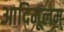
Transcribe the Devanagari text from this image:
आदिमूलम्